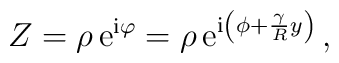
Z = \rho \, {\rm e}^{{\rm i} \varphi} =\rho \, {\rm e}^{{\rm i} \left( \phi + {\gamma \over R} y\right)} \,,